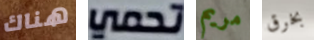
هناك تحمي مريم بخرق